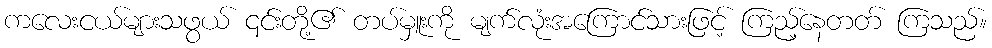
ကလေးငယ်များသဖွယ် ၎င်းတို့၏ တပ်မှူးကို မျက်လုံးအကြောင်သားဖြင့် ကြည့်နေတတ် ကြသည်။